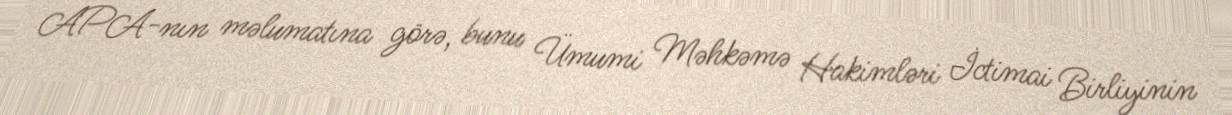
APA-nın məlumatına görə, bunu Ümumi Məhkəmə Hakimləri İctimai Birliyinin